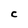
Character: C